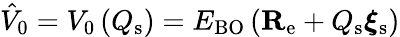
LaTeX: \hat{V}_{0}=V_{0}\left(Q_{\mathrm{s}}\right)=E_{\mathrm{BO}}\left(\mathbf{R}_{\mathrm{e}}+Q_{\mathrm{s}}\boldsymbol{\xi}_{\mathrm{s}}\right)